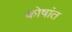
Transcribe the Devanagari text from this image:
कोषांत